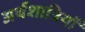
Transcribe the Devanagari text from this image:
अर्थशात्रियों